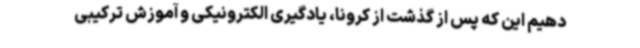
دهیم این که پس از گذشت از کرونا، یادگیری الکترونیکی و آموزش ترکیبی